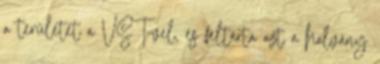
a területet a VST-vel, és feltárta azt a halvány